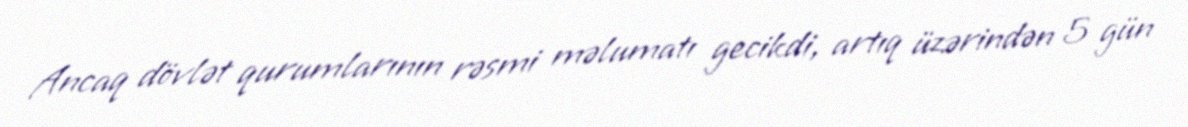
Ancaq dövlət qurumlarının rəsmi məlumatı gecikdi, artıq üzərindən 5 gün